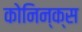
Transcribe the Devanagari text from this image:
कोनिन्क्स